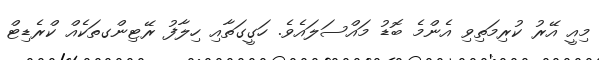
މިއީ އޭރު ކުރިމަތިވި އެންމެ ބޮޑު މައްސަލައެވެ. ހަގީގަތާއި ހިލާފު ރޭޓިންގތަކެއް ކްރެޑިޓް